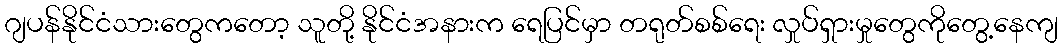
ဂျပန်နိုင်ငံသားတွေကတော့ သူတို့ နိုင်ငံအနားက ရေပြင်မှာ တရုတ်စစ်ရေး လှုပ်ရှားမှုတွေကိုတွေ့နေကျ